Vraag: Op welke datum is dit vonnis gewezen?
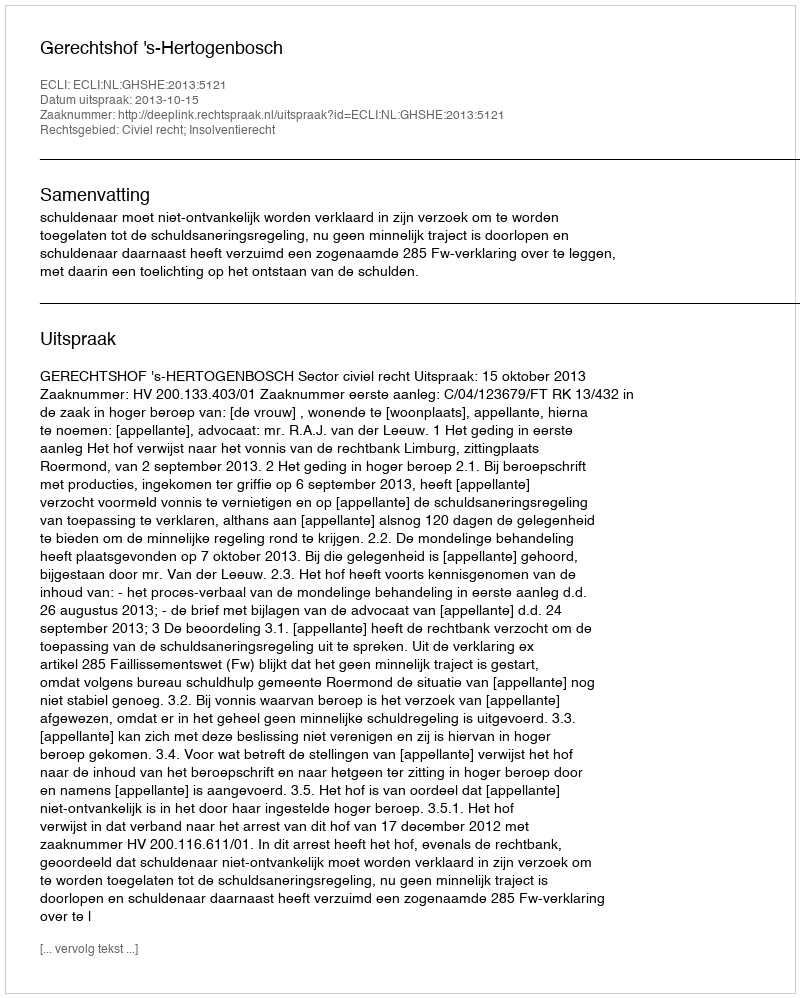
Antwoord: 2013-10-15